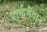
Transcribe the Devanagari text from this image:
पार्कमैदान